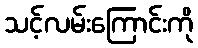
သင့်လမ်းကြောင်းကို